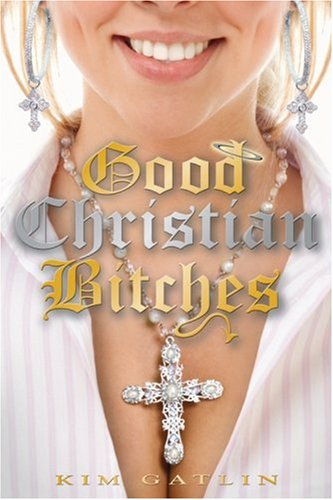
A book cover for Good Christian Bitches; Kim Gatlin; Literature & Fiction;